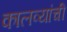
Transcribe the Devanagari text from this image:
कालव्यांची